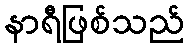
နာရီဖြစ်သည်